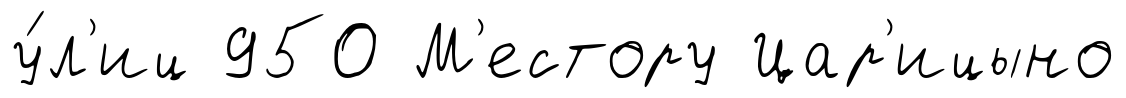
у́л'иц 950 М'естору Цар'ицыно